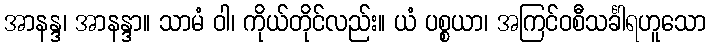
အာနန္ဒ၊ အာနန္ဒာ။ သာမံ ဝါ၊ ကိုယ်တိုင်လည်း။ ယံ ပစ္စယာ၊ အကြင်ဝစီသင်္ခါရဟူသော